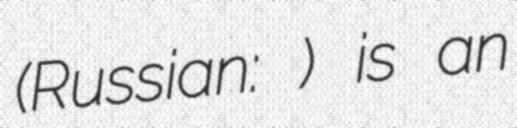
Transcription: (Russian: Ровеньки) is an